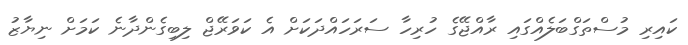
ކައިރި މުސްތަގްބަލެއްގައި ރާއްޖޭގެ ހުރިހާ ސަރަހައްދަކަށް އެ ކަވަރޭޖް ލިބިގެންދާނެ ކަމަށް ނިޔާޒު